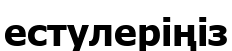
естулеріңіз